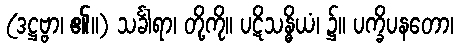
(ဒဋ္ဌဗ္ဗာ၊ ၏။) သင်္ခါရာ၊ တို့ကို။ ပဋိသန္ဓိယံ၊ ၌။ ပက္ခိပနတော၊